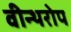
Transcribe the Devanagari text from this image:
वीन्थरोप